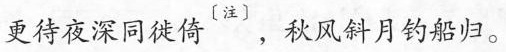
更待夜深同徙倚^{〔注〕}，秋风斜月钓船归。